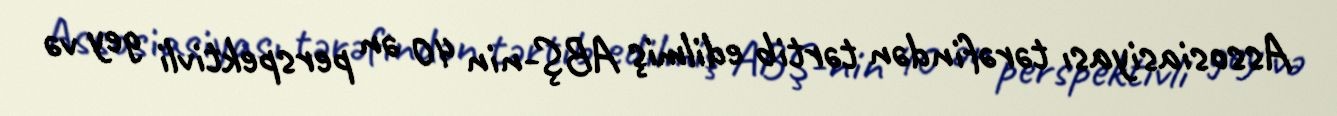
Assosiasiyası tərəfindən tərtib edilmiş ABŞ-nin 40 ən perspektivli gey və